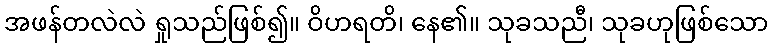
အဖန်တလဲလဲ ရှုသည်ဖြစ်၍။ ဝိဟရတိ၊ နေ၏။ သုခသညီ၊ သုခဟုဖြစ်သော